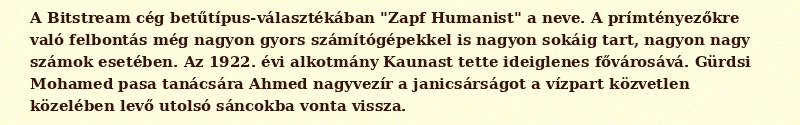
A Bitstream cég betűtípus-választékában "Zapf Humanist" a neve. A prímtényezőkre való felbontás még nagyon gyors számítógépekkel is nagyon sokáig tart, nagyon nagy számok esetében. Az 1922. évi alkotmány Kaunast tette ideiglenes fővárosává. Gürdsi Mohamed pasa tanácsára Ahmed nagyvezír a janicsárságot a vízpart közvetlen közelében levő utolsó sáncokba vonta vissza.